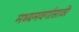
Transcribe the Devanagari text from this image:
मध्यमवर्गासाठी